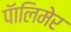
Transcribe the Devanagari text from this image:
पॅालिमेर